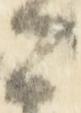
々